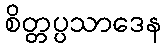
စိတ္တပ္ပသာဒေန